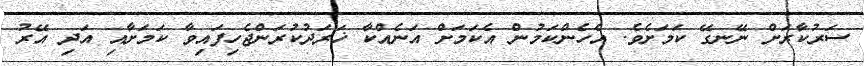
ސަރުކާރަށް ނޭނގޭ ކަމަށެވެ. އެހެންކަމުން އެކަމަށް އަނެއްކާ ޚަރަދުކުރަންޖެހިފައިވާ ކަމަށާއި އަދި އޭރު